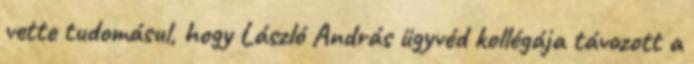
vette tudomásul, hogy László András ügyvéd kollégája távozott a